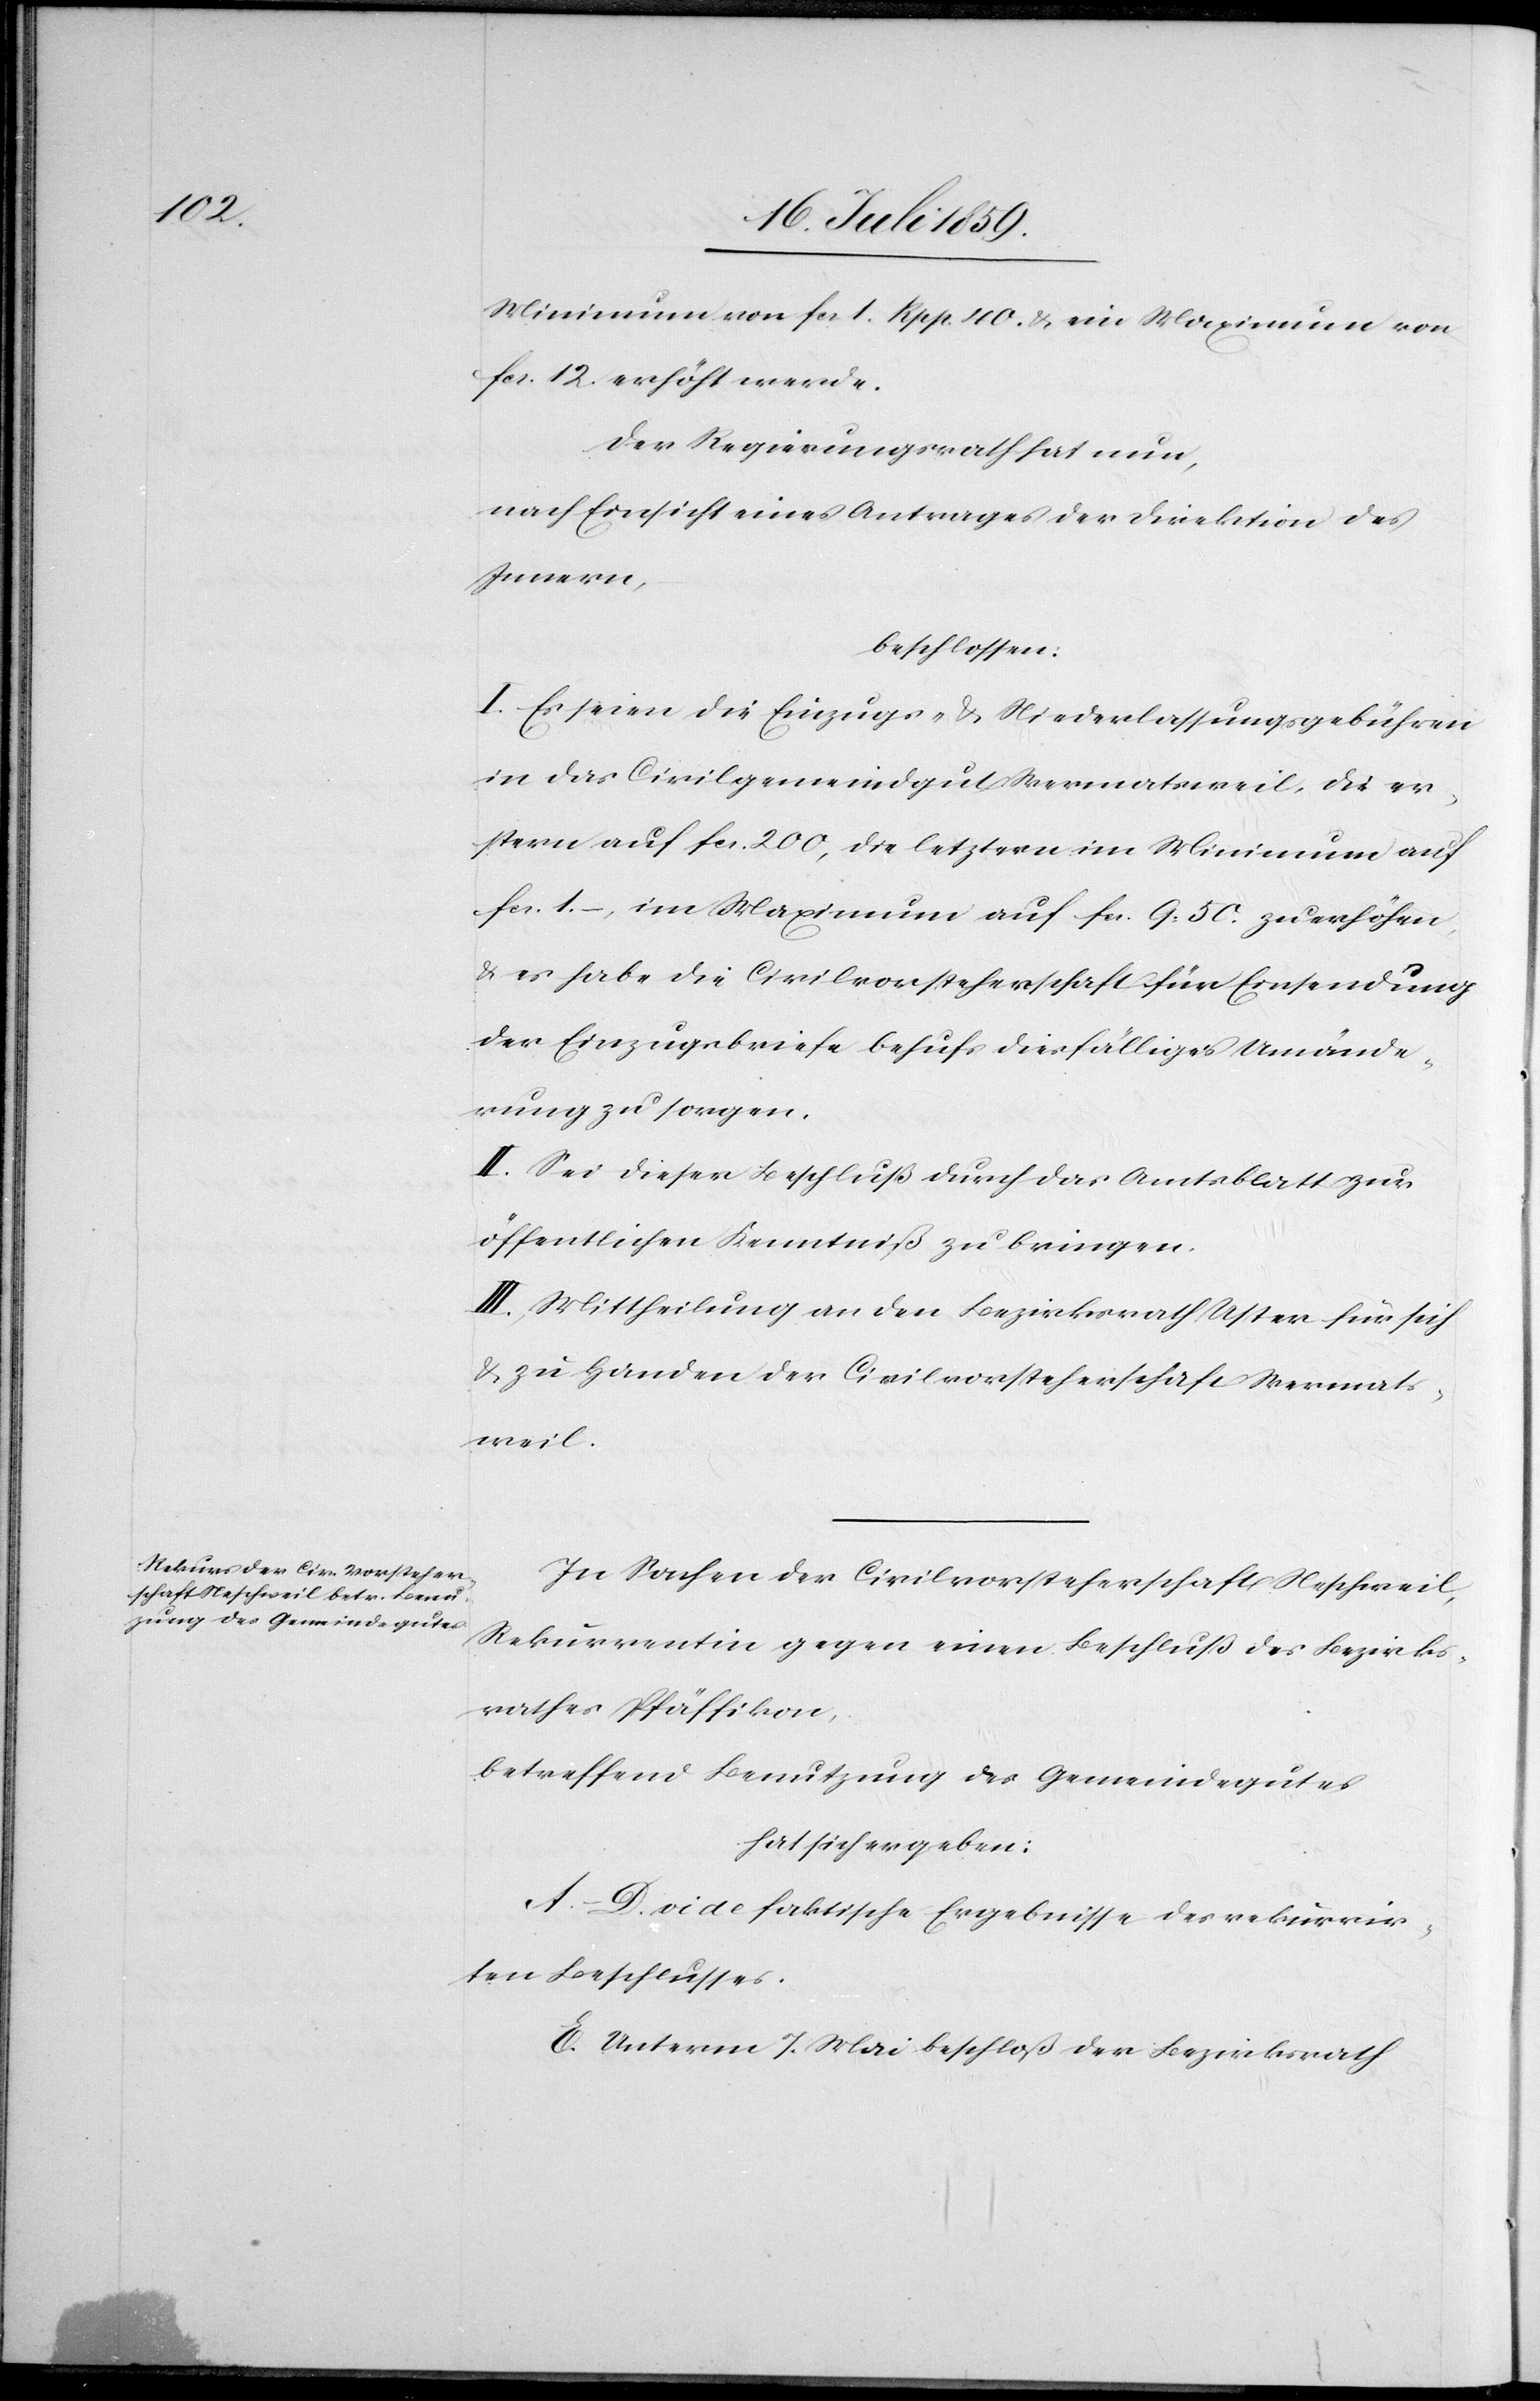
Minimum von fcs. 1. Rpp. 40. u. ein Maximum von
fcs. 12. erhöht werde.
Der Regierungsrath hat nun,
nach Einsicht eines Antrages der Direktion des
Innern,
beschlossen:
I. Es seien die Einzugs- u. Niederlassungsgebühren
in das Civilgemeindgut Wermatsweil, die er¬
stern auf fcs. 200, die letztern im Minimum auf
fcs. 1.–, im Maximum auf fcs. 9.50. zu erhöhen,
u. es habe die Civilvorsteherschaft für Einsendung
der Einzugsbriefe behufs diesfälliges [sic!] Umände¬
rung zu sorgen.
II. Sei dieser Beschluß durch das Amtsblatt zur
öffentlichen Kenntniß zu bringen.
III. Mittheilung an den Bezirksrath Uster für sich
u. zu Handen der Civilvorsteherschaft Wermats¬
weil.
In Sachen der Civilvorsteherschaft Neschweil,
Rekurrentin gegen einen Beschluß des Bezirks¬
rathes Pfäffikon,
betreffend Benutzung des Gemeindegutes
hat sich ergeben:
A.–D. vide faktische Ergebnisse des rekurrir¬
ten Beschlusses.
E. Unterm 7. Mai beschloß der Bezirksrath